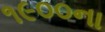
૧૯૦૦ના